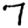
Digit: 7